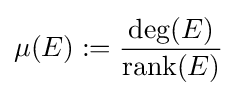
\mu (E):={\frac {\mathrm {deg} (E)}{\mathrm {rank} (E)}}